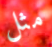
مثل